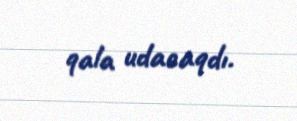
qala udacaqdı.